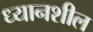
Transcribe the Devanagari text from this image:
ध्यानशील